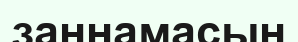
заңнамасын